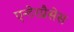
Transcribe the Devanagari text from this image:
एन्टेरप्रैसेस